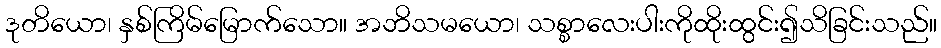
ဒုတိယော၊ နှစ်ကြိမ်မြောက်သော။ အဘိသမယော၊ သစ္စာလေးပါးကိုထိုးထွင်း၍သိခြင်းသည်။